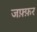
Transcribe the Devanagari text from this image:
जफ़्फ़र